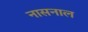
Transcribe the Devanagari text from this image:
नासनाल